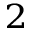
^ 2